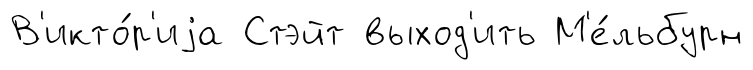
В'икто́р'иjа Стэйт выход'ить М'е́льбурн